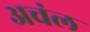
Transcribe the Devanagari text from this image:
अचंल